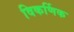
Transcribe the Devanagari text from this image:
विकर्णिक